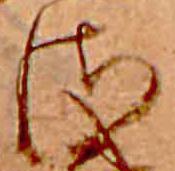
さ